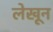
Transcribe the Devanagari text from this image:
लेखून